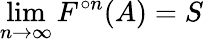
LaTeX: \operatorname*{lim}_{n\to\infty}F^{\circ n}(A)=S